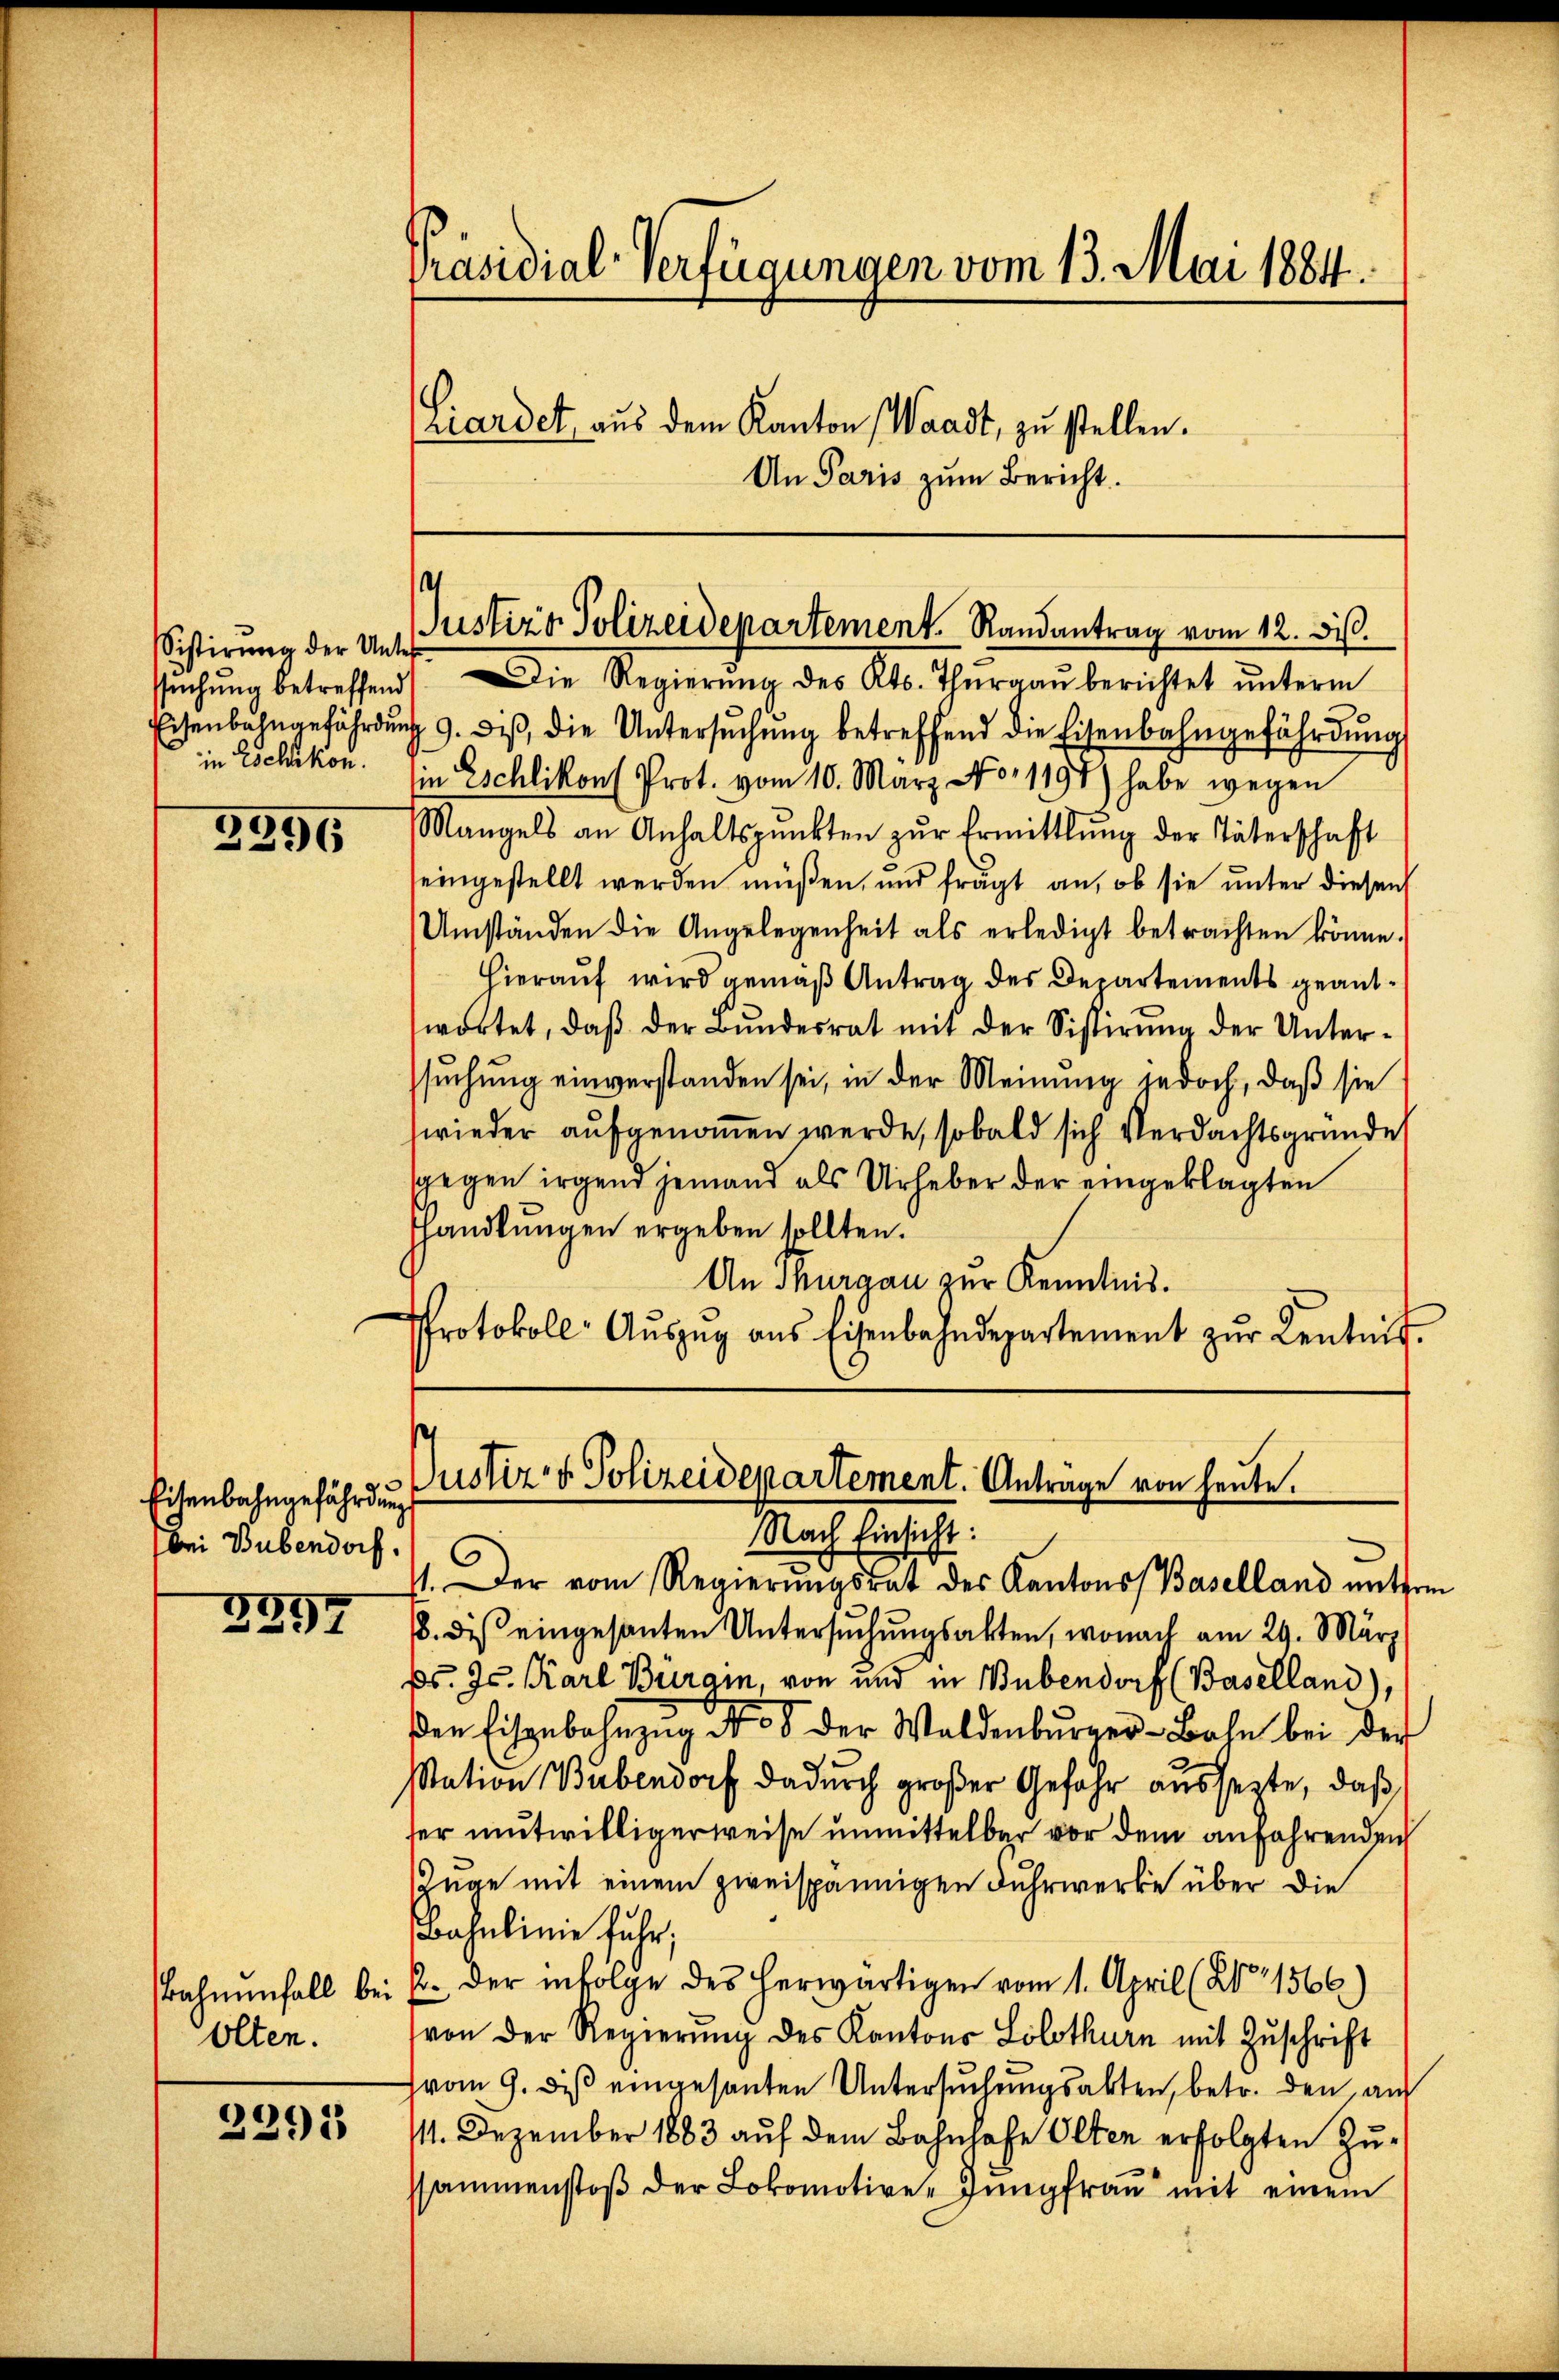
Sistirung der Unter¬

2996

Eisenbahngefährdung
bei Bubendorf.

3994

Olten.

2291

sŭchŭng betreffend Die Regierŭng des Kts. Thŭrgaŭ berichtet ŭnterm
Eisenbahngefährdŭng 9. diβ, die Untersŭchŭng betreffend die Eisenbahngefährdŭng
in schikon. Ein Eschlikon Prot. vom 10. März No. 1191) habe wegen
Mangels an Anhaltspunkten zŭr Ermittlung der Täterschaft
seingestellt werden müßen, und frägt an, ob sie unter diesen
Umständen die Angelegenheit als erledigt betrachten könne.
Hierauf wird gemäß Antrag des Departements geantwortet, daβ der Bŭndesrat mit der Sistirŭng der Unter-
suchung einverstanden sei, in der Meinung jedoch, daß sie
wieder aufgenommen werde, sobald sich Verdachtsgründe
sgegen irgend jemand als Urheber der eingeklagten
hhandlungen ergeben sollten.
An Thurgau zur Kenntnis.
Protokoll- Aŭszŭg aŭs Eisenbahndepartement zŭr Kentnis-

Präsidial-Verfügungen vom 13. Mai 1884.
Liardet aŭs dem Kanton Waadt, zŭ stellen.
An Paris zum Bericht.

.
Justizo Polizeidepartement. Randantrag vom 12. Miß

Justiz & Polizeidepartement. Anträge von heute.
Nach Einsicht.
e

st. Der vom Regierŭngsrat des Kantons Baselland mitere
18. dis eingesanten Untersuchungsakten, wonach am 29. März
ps. Js. Karl Bürgin, von und in Bubendorf (Baselland),
den Eisgebahnzug No 38 der Waldenbŭrger-Bahn bei der
station Bubendorf dadurch großer Gefahr aussetzte, daß
ser mutwilligerweise unmittelbar vor dem anfahrende
Zuge mit einem zweispännigen Fuhrwerke über die
Bahnlinie fuhr,
Bahnŭnfall bei u. der infolge des herwärtigen vom 1. April (No 1566)
von der Regierung des Kantons Solothurn mit Zuschrift
vom 9. diß eingesanten Untersuchungsakten, betr. den, auf
111. Dezember 1883 auf dem Bahnhofe Olten erfolgten Zussammenstoß der Lokomotive, Jungfrau mit einem